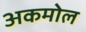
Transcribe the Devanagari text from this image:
अकमोल